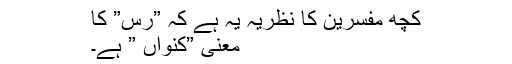
كچھ مفسرین كا نظریہ یہ ہے كہ ”رس” كا
معنى ”كنواں ” ہے۔